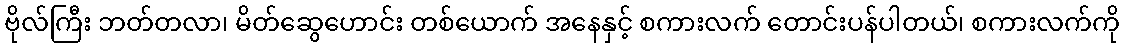
ဗိုလ်ကြီး ဘတ်တလာ၊ မိတ်ဆွေဟောင်း တစ်ယောက် အနေနှင့် စကားလက် တောင်းပန်ပါတယ်၊ စကားလက်ကို